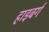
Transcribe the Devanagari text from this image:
हाइबर्ग